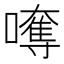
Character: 𡁯